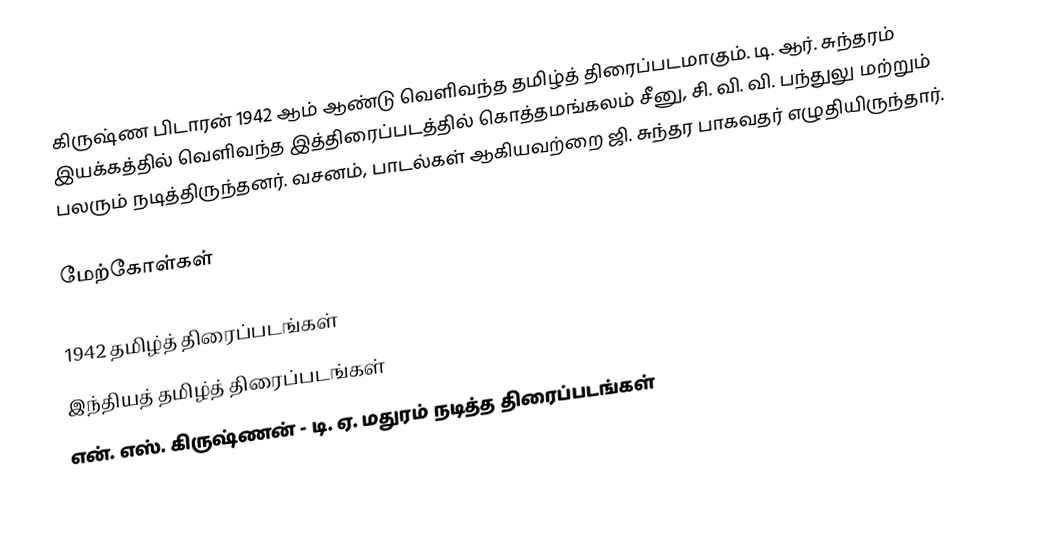
கிருஷ்ண பிடாரன் 1942 ஆம் ஆண்டு வெளிவந்த தமிழ்த் திரைப்படமாகும். டி. ஆர். சுந்தரம் இயக்கத்தில் வெளிவந்த இத்திரைப்படத்தில் கொத்தமங்கலம் சீனு, சி. வி. வி. பந்துலு மற்றும் பலரும் நடித்திருந்தனர். வசனம், பாடல்கள் ஆகியவற்றை ஜி. சுந்தர பாகவதர் எழுதியிருந்தார்.

மேற்கோள்கள்

1942 தமிழ்த் திரைப்படங்கள்
இந்தியத் தமிழ்த் திரைப்படங்கள்
என். எஸ். கிருஷ்ணன் - டி. ஏ. மதுரம் நடித்த திரைப்படங்கள்